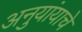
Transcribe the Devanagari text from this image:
अनुयांयाचे